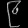
Digit: ၉